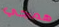
همجي